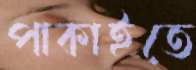
পাকাইতে